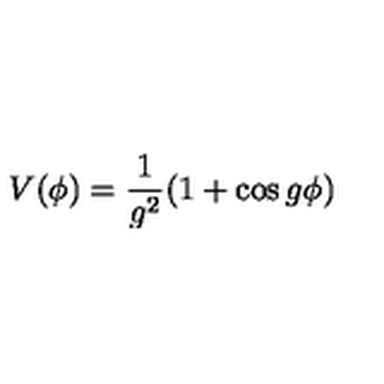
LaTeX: V ( \phi ) = \frac { 1 } { g ^ { 2 } } ( 1 + \cos g \phi )